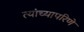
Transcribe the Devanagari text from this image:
त्यांच्यापरिणे